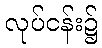
လုပ်ငန်း၌